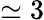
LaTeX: \simeq 3